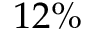
1 2 \%